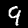
Digit: 9